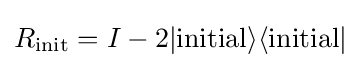
R_{\mathrm {init} }=I-2|\mathrm {initial} \rangle \langle \mathrm {initial} |